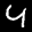
Label: 4